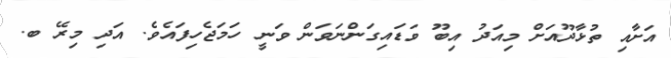
އަށާއި ތުޅާދޫއަށް މިއަދު އިބޫ ވަޑައިގަންނަވަން ވަނީ ހަމަޖެހިފައެވެ. އަދި މިރޭ ބ.